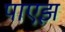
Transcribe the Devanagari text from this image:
पाएझ